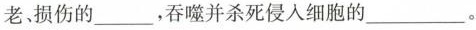
老损伤的___，吞噬并杀死侵入细胞的___。